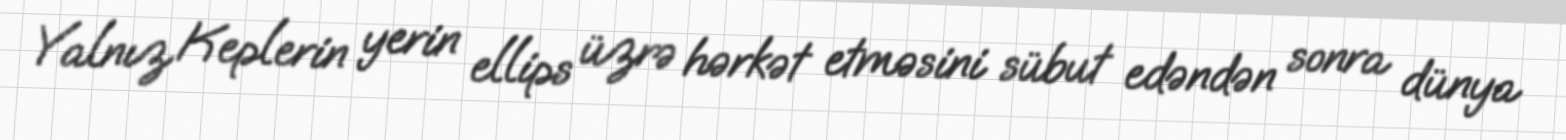
Yalnız Keplerin yerin ellips üzrə hərkət etməsini sübut edəndən sonra dünya